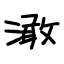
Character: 澉